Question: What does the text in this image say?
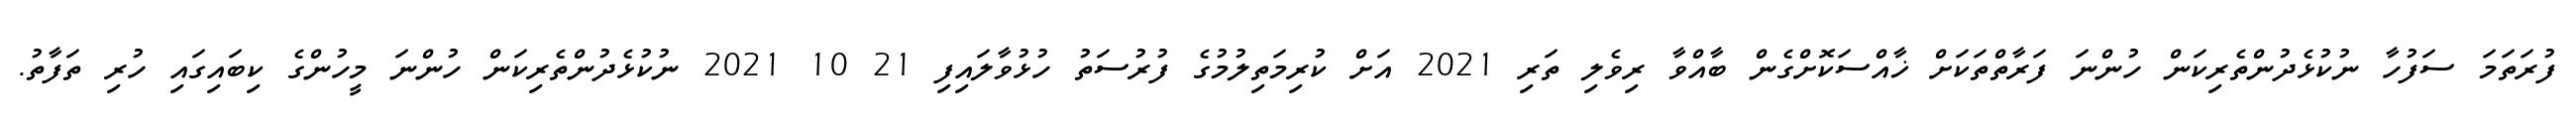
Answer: ފުރަތަމަ ސަފުހާ ނުކުޅެދުންތެރިކަން ހުންނަ ފަރާތްތަކަށް ޚާއްސަކޮށްގެން ބާއްވާ ރިވެލި ތަރި 2021 އަށް ކުރިމަތިލުމުގެ ފުރުސަތު ހުޅުވާލައިފި 21 10 2021 ނުކުޅެދުންތެރިކަން ހުންނަ މީހުންގެ ކިބައިގައި ހުރި ތަފާތު.